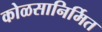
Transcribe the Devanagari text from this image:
कोळसानिर्मित